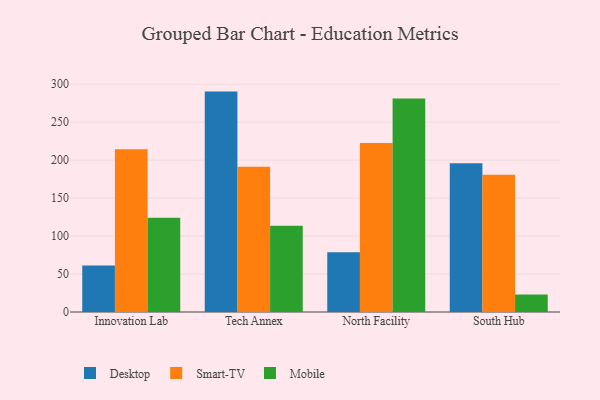
{"axis": {"x": "Campus", "y": "Active Users"}, "legend": ["Desktop", "Mobile", "Smart-TV"], "data": [{"x": "Innovation Lab", "y": 61.2, "type": "Desktop"}, {"x": "Innovation Lab", "y": 214.3, "type": "Smart-TV"}, {"x": "Innovation Lab", "y": 124.1, "type": "Mobile"}, {"x": "Tech Annex", "y": 290.3, "type": "Desktop"}, {"x": "Tech Annex", "y": 191.2, "type": "Smart-TV"}, {"x": "Tech Annex", "y": 113.5, "type": "Mobile"}, {"x": "North Facility", "y": 78.7, "type": "Desktop"}, {"x": "North Facility", "y": 222.5, "type": "Smart-TV"}, {"x": "North Facility", "y": 281.2, "type": "Mobile"}, {"x": "South Hub", "y": 195.8, "type": "Desktop"}, {"x": "South Hub", "y": 180.9, "type": "Smart-TV"}, {"x": "South Hub", "y": 22.9, "type": "Mobile"}]}